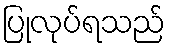
ပြုလုပ်ရသည်